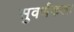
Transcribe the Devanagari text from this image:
सुवर्णकला